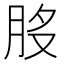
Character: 𦚂